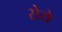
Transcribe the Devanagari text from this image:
सेये